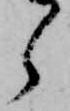
ら